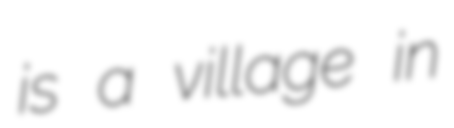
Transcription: is a village in